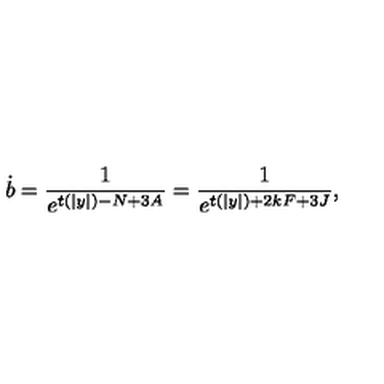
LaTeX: \dot { b } = \frac { 1 } { e ^ { t ( | y | ) - N + 3 A } } = \frac { 1 } { e ^ { t ( | y | ) + 2 k F + 3 J } } ,